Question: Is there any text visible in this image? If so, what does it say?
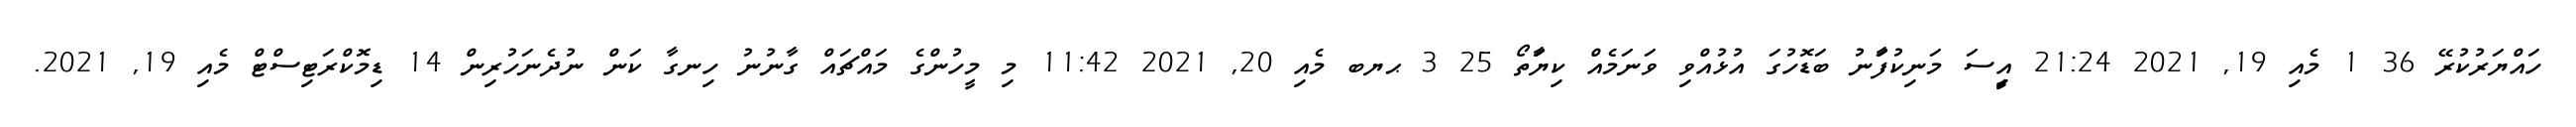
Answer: ހައްޔަރުކުރޭ 36 1 މެއި 19, 2021 21:24 އިީސަ މަނިކުފަާނު ބަޑޮހުގަ އުޅުއްވި ވަނަމެއް ކިޔަާތޯ 25 3 ޙޔބ މެއި 20, 2021 11:42 މި މީހުންގެ މައްޗައް ގާނުނު ހިނގާ ކަން ނުދެނަހުރިން 14 ޑިމޮކްރަޓިސްޓް މެއި 19, 2021.